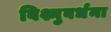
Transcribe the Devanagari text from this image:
विश्नुवर्धना